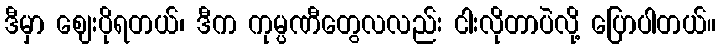
ဒီမှာ ဈေးပိုရတယ်၊ ဒီက ကုမ္ပဏီတွေလလည်း ငါးလိုတာပဲလို့ ပြောပါတယ်။